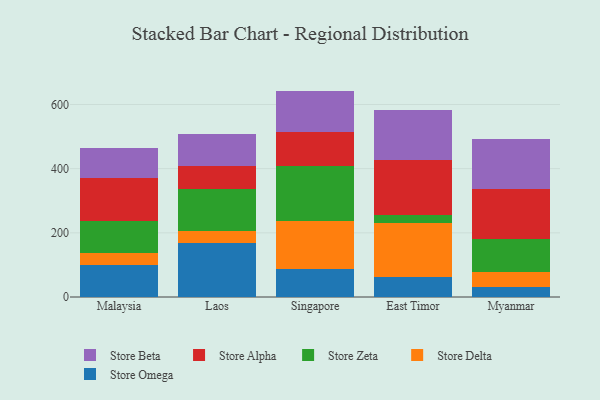
{"axis": {"x": "Country", "y": "Conversion Rate (%)"}, "legend": ["Store Alpha", "Store Beta", "Store Delta", "Store Omega", "Store Zeta"], "data": [{"x": "Malaysia", "y": 101.0, "type": "Store Omega"}, {"x": "Malaysia", "y": 35.9, "type": "Store Delta"}, {"x": "Malaysia", "y": 99.0, "type": "Store Zeta"}, {"x": "Malaysia", "y": 133.7, "type": "Store Alpha"}, {"x": "Malaysia", "y": 95.1, "type": "Store Beta"}, {"x": "Laos", "y": 166.9, "type": "Store Omega"}, {"x": "Laos", "y": 38.3, "type": "Store Delta"}, {"x": "Laos", "y": 132.8, "type": "Store Zeta"}, {"x": "Laos", "y": 69.2, "type": "Store Alpha"}, {"x": "Laos", "y": 101.6, "type": "Store Beta"}, {"x": "Singapore", "y": 88.3, "type": "Store Omega"}, {"x": "Singapore", "y": 147.8, "type": "Store Delta"}, {"x": "Singapore", "y": 173.5, "type": "Store Zeta"}, {"x": "Singapore", "y": 104.0, "type": "Store Alpha"}, {"x": "Singapore", "y": 128.9, "type": "Store Beta"}, {"x": "East Timor", "y": 63.7, "type": "Store Omega"}, {"x": "East Timor", "y": 167.9, "type": "Store Delta"}, {"x": "East Timor", "y": 25.4, "type": "Store Zeta"}, {"x": "East Timor", "y": 170.6, "type": "Store Alpha"}, {"x": "East Timor", "y": 155.5, "type": "Store Beta"}, {"x": "Myanmar", "y": 30.6, "type": "Store Omega"}, {"x": "Myanmar", "y": 47.8, "type": "Store Delta"}, {"x": "Myanmar", "y": 102.0, "type": "Store Zeta"}, {"x": "Myanmar", "y": 155.1, "type": "Store Alpha"}, {"x": "Myanmar", "y": 155.6, "type": "Store Beta"}]}